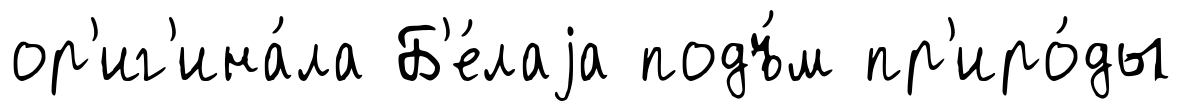
ор'иг'ина́ла Б'е́лаjа подъ́м пр'иро́ды